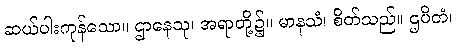
ဆယ်ပါးကုန်သော။ ဌာနေသု၊ အရာတို့၌။ မာနသံ၊ စိတ်သည်။ ဌပိတံ၊